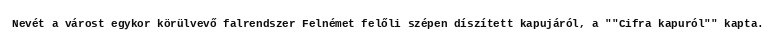
Nevét a várost egykor körülvevő falrendszer Felnémet felőli szépen díszített kapujáról, a ""Cifra kapuról"" kapta.